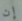
إن